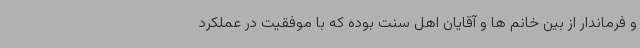
و فرماندار از بین خانم ها و آقایان اهل سنت بوده که با موفقیت در عملکرد